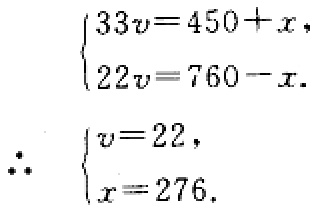
\[\begin{cases}33v = 450 + x,\\22v = 760 - x.\end{cases}\]
\[\therefore \begin{cases}v = 22,\\x = 276.\end{cases}\]